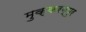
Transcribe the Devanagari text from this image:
मुक्करब्पुर